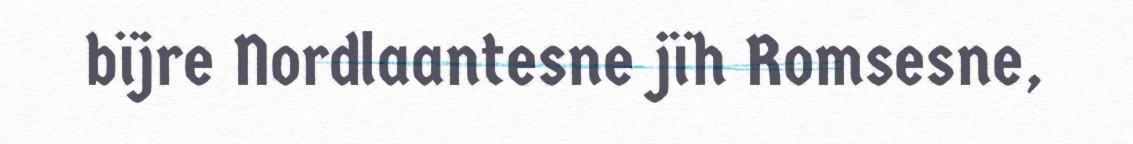
bïjre Nordlaantesne jïh Romsesne,